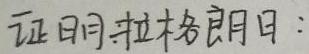
证明拉格朗日：